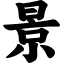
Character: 景